Report of the Municipal Commissioner on the plague in Bombay for the year ending 31st May... - Volume 1
Disease focus: Plague
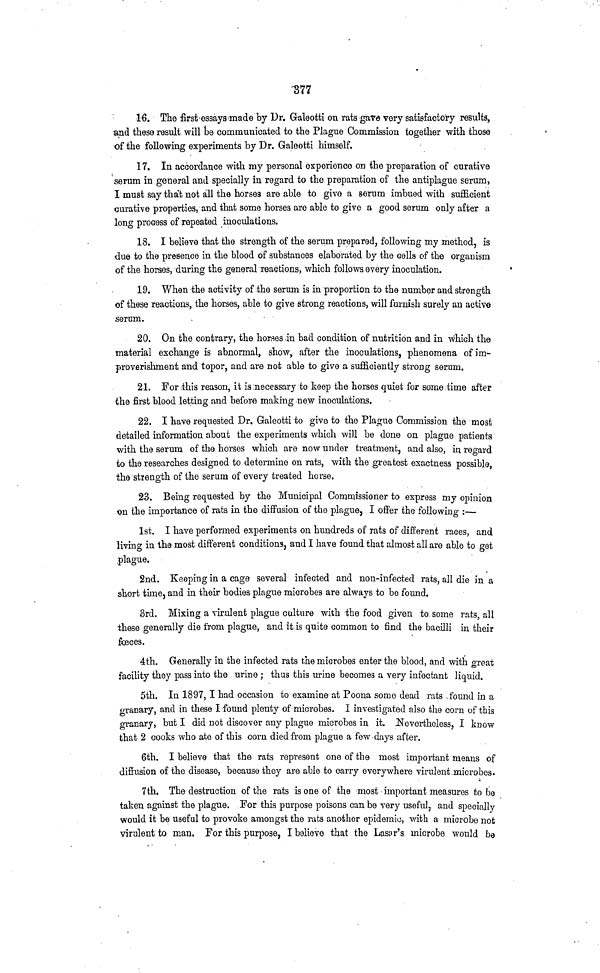
377
16. The first essays made by Dr. Galeotti on rats gave very satisfactory results,
and these result will be communicated to the Plague Commission together with those
of the following experiments by Dr. Galeotti himself.
17. In accordance with my personal experience on the preparation of curative
serum in general and specially in regard to the preparation of the antiplague serum,
I must say that not all the horses are able to give a serum imbued with sufficient
curative properties, and that some horses are able to give a good serum only after a
long process of repeated inoculations.
18. I believe that the strength of the serum prepared, following my method, is
due to the presence in the blood of substances elaborated by the cells of the organism
of the horses, during the general reactions, which follows every inoculation.
19. When the activity of the serum is in proportion to the number and strength
of these reactions, the horses, able to give strong reactions, will furnish surely an active
serum.
20. On the contrary, the horses in bad condition of nutrition and in which the
material exchange is abnormal, show, after the inoculations, phenomena of im-
proverishment and topor, and are not able to give a sufficiently strong serum.
21. For this reason, it is necessary to keep the horses quiet for some time after
the first blood letting and before making new inoculations.
22. I have requested Dr. Galeotti to give to the Plague Commission the most
detailed information about the experiments which will be done on plague patients
with the serum of the horses which are now under treatment, and also, in regard
to the researches designed to determine on rats, with the greatest exactness possible,
the strength of the serum of every treated horse.
23. Being requested by the Municipal Commissioner to express my opinion
on the importance of rats in the diffusion of the plague, I offer the following :—
1st. I have performed experiments on hundreds of rats of different races, and
living in the most different conditions, and I have found that almost all are able to get
plague.
2nd. Keeping in a cage several infected and non-infected rats 3 all die in a
short time, and in their bodies plague microbes are always to be found.
3rd. Mixing a virulent plague culture with the food given to some rats, all
these generally die from plague, and it is quite common to find the bacilli in their
foeces.
4th. Generally in the infected rats the microbes enter the blood, and with great
facility they pass into the urine ; thus this urine becomes a very infectant liquid.
5th. In 1897, I had occasion to examine at Poona some dead rats found in a
granary, and in these I found plenty of microbes. I investigated also the corn of this
granary, but I did not discover any plague microbes in it. Nevertheless, I know
that 2 cooks who ate of this corn died from plague a few days after.
6th. I believe that the rats represent one of the most important means of
diffusion of the disease, because they are able to carry everywhere virulent microbes.
7th. The destruction of the rats is one of the most important measures to be
taken against the plague. For this purpose poisons can be very useful, and specially
would it be useful to provoke amongst the rats another epidemic, with a microbe not
virulent to man. For this purpose, I believe that the Laser's microbe would be